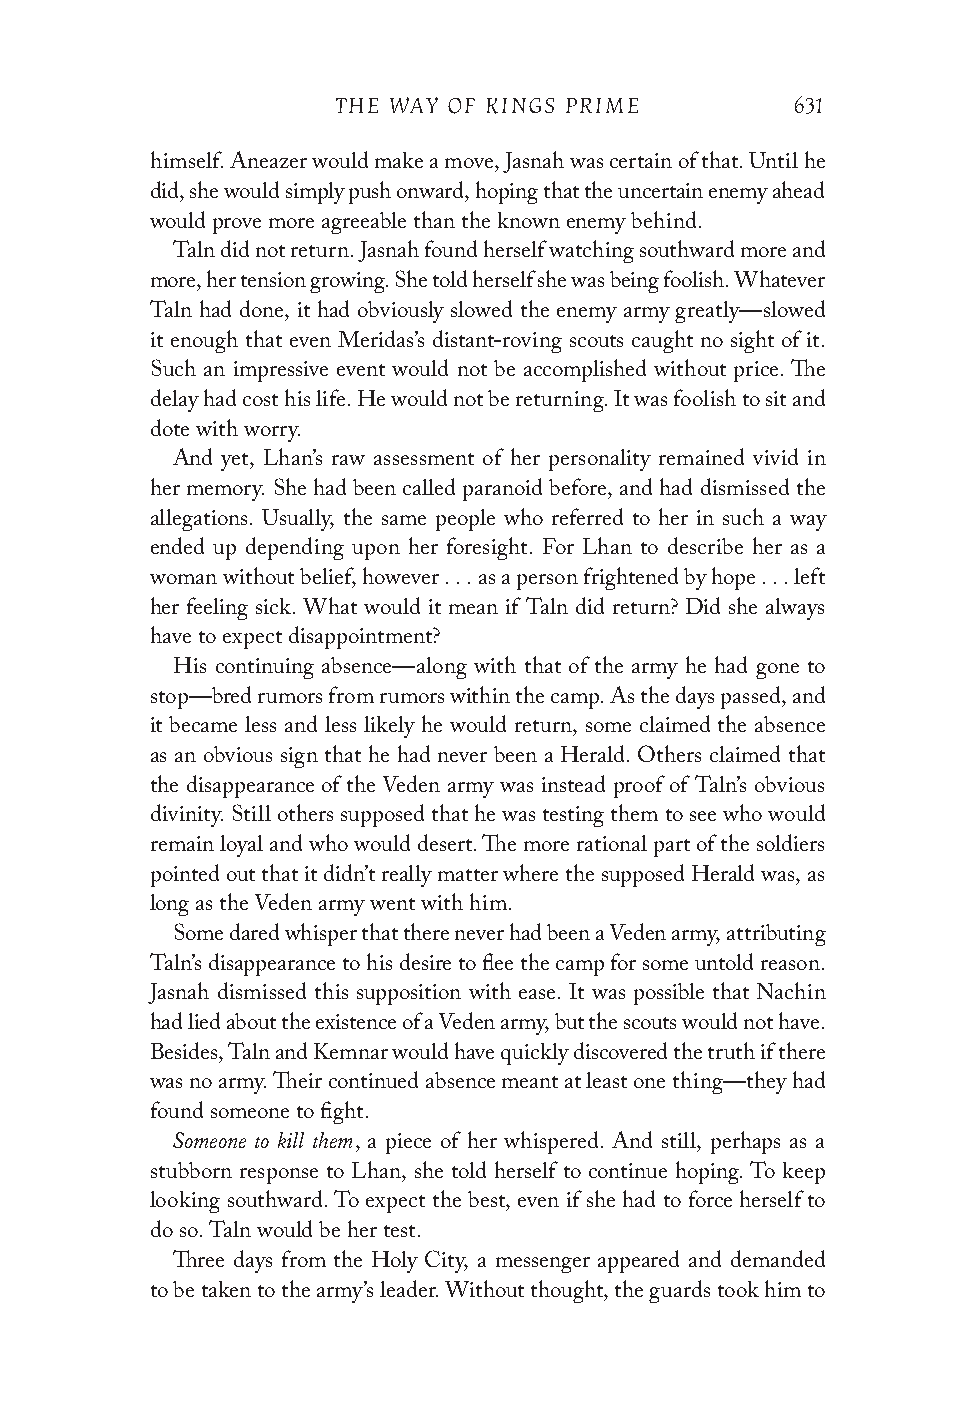
THE WAY OF KINGS PRIME         631
 himself. Aneazer would make a move, Jasnah was certain of that. Until he
 did, she would simply push onward, hoping that the uncertain enemy ahead
 would prove more agreeable than the known enemy behind.
 Taln did not return. Jasnah found herself watching southward more and
 more, her tension growing. She told herself she was being foolish. Whatever
 Taln had done, it had obviously slowed the enemy army greatly—slowed
 it enough that even Meridas’s distant-roving scouts caught no sight of it.
 Such an impressive event would not be accomplished without price. The
 delay had cost his life. He would not be returning. It was foolish to sit and
 dote with worry.
 And yet, Lhan’s raw assessment of her personality remained vivid in
 her memory. She had been called paranoid before, and had dismissed the
 allegations. Usually, the same people who referred to her in such a way
 ended up depending upon her foresight. For Lhan to describe her as a
 woman without belief, however . . . as a person frightened by hope . . . left
 her feeling sick. What would it mean if Taln did return? Did she always
 have to expect disappointment?
 His continuing absence—along with that of the army he had gone to
 stop—bred rumors from rumors within the camp. As the days passed, and
 it became less and less likely he would return, some claimed the absence
 as an obvious sign that he had never been a Herald. Others claimed that
 the disappearance of the Veden army was instead proof of Taln’s obvious
 divinity. Still others supposed that he was testing them to see who would
 remain loyal and who would desert. The more rational part of the soldiers
 pointed out that it didn’t really matter where the supposed Herald was, as
 long as the Veden army went with him.
 Some dared whisper that there never had been a Veden army, attributing
 Taln’s disappearance to his desire to flee the camp for some untold reason.
 Jasnah dismissed this supposition with ease. It was possible that Nachin
 had lied about the existence of a Veden army, but the scouts would not have.
 Besides, Taln and Kemnar would have quickly discovered the truth if there
 was no army. Their continued absence meant at least one thing—they had
 found someone to fight.
 Someone to kill them
 , a piece of her whispered. And still, perhaps as a
 stubborn response to Lhan, she told herself to continue hoping. To keep
 looking southward. To expect the best, even if she had to force herself to
 do so. Taln would be her test.
 Three days from the Holy City, a messenger appeared and demanded
 to be taken to the army’s leader. Without thought, the guards took him to